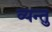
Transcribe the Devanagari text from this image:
व्यन्तु